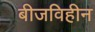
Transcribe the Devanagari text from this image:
बीजविहीन